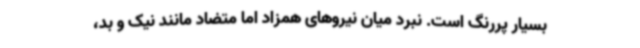
بسیار پررنگ است. نبرد میان نیروهای همزاد اما متضاد مانند نیک و بد،